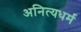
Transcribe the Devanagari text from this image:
अनित्यधर्म